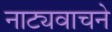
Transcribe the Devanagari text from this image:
नाट्यवाचने